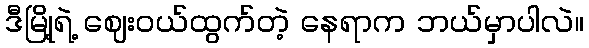
ဒီမြို့ရဲ့ ဈေးဝယ်ထွက်တဲ့ နေရာက ဘယ်မှာပါလဲ။